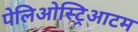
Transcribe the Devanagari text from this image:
पेलिओस्ट्रिआटम